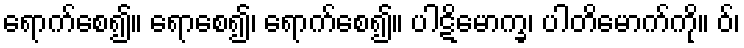
ရောက်စေ၍။ ရောစေ၍၊ ရောက်စေ၍။ ပါဋိမောက္ခ၊ ပါတိမောက်ကို။ ဝ်၊